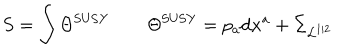
LaTeX: S = \int \Theta ^ { \mathrm { S U S Y } } \qquad \Theta ^ { \mathrm { S U S Y } } = p _ { a } \mathrm { d } x ^ { a } + \Sigma _ { { \cal L } ^ { 1 | 2 } }